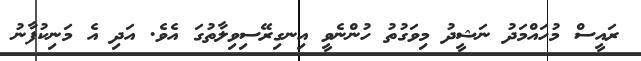
ރައީސް މުހައްމަދު ނަޝީދު މިވަގުތު ހުންނެވީ އިނގިރޭސިވިލާތުގަ އެވެ. އަދި އެ މަނިކުފާނު